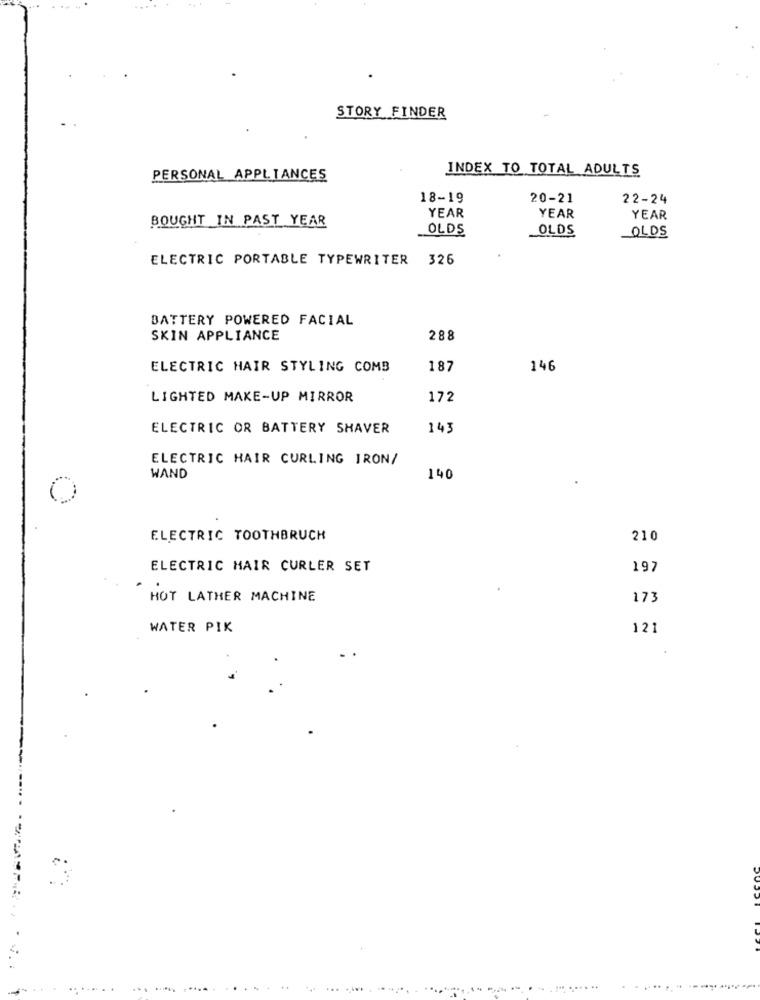
STORY FINDER
INDEX TO TOTAL ADULTS
PERSONAL APPLIANCES
18-19
20-21
22-24
BOUGHT IN PAST YEAR
YEAR
YEAR
YEAR
OLDS
OLDS
OLDS
ELECTRIC PORTABLE TYPEWRITER 326
BATTERY POWERED FACIAL
SKIN APPLIANCE
288
ELECTRIC HAIR STYLING COMB
187
146
LIGHTED MAKE-UP MIRROR
172
ELECTRIC OR BATTERY SHAVER
143
ELECTRIC HAIR CURLING IRON/
WAND
140
ELECTRIC TOOTHBRUCH
210
ELECTRIC HAIR CURLER SET
197
HOT LATHER MACHINE
173
WATER PIK
121
..